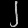
Digit: ၂